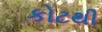
કોટથી